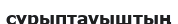
сұрыптауыштың